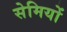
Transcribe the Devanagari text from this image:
सेमियों